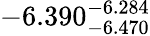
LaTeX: -6.390_{-6.470}^{-6.284}